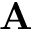
\mathbf { A }